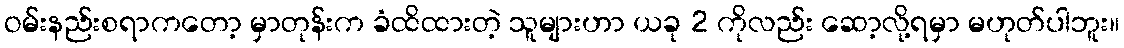
ဝမ်းနည်းစရာကတော့ မှာတုန်းက ခံထိထားတဲ့ သူများဟာ ယခု 2 ကိုလည်း ဆော့လို့ရမှာ မဟုတ်ပါဘူး။